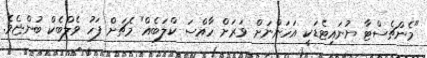
"މެންޗެސްޓާ ޔުނައިޓެޑަކީ އަހަންނަށް ވަރަށް ހާއްސަ ކްލަބެއް" މެޗަށް ފަހު ވެލްބެކް ބުންޏެވެ.